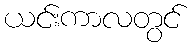
ယင်းကာလတွင်